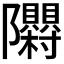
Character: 𮥳